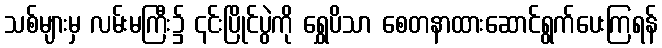
သစ်များမှ လမ်းမကြီး၌ ၎င်းပြိုင်ပွဲကို ရွှေပိသာ စေတနာထားဆောင်ရွက်ပေးကြရန်